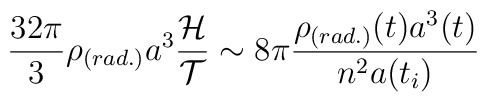
\frac{32\pi}{3}\rho_{(rad.)}a^3\frac{{\cal H}}{{\cal T}} \sim8\pi \frac{\rho_{(rad.)}(t)a^3(t)}{n^2a(t_i)}